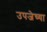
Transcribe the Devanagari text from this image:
उपजेच्या